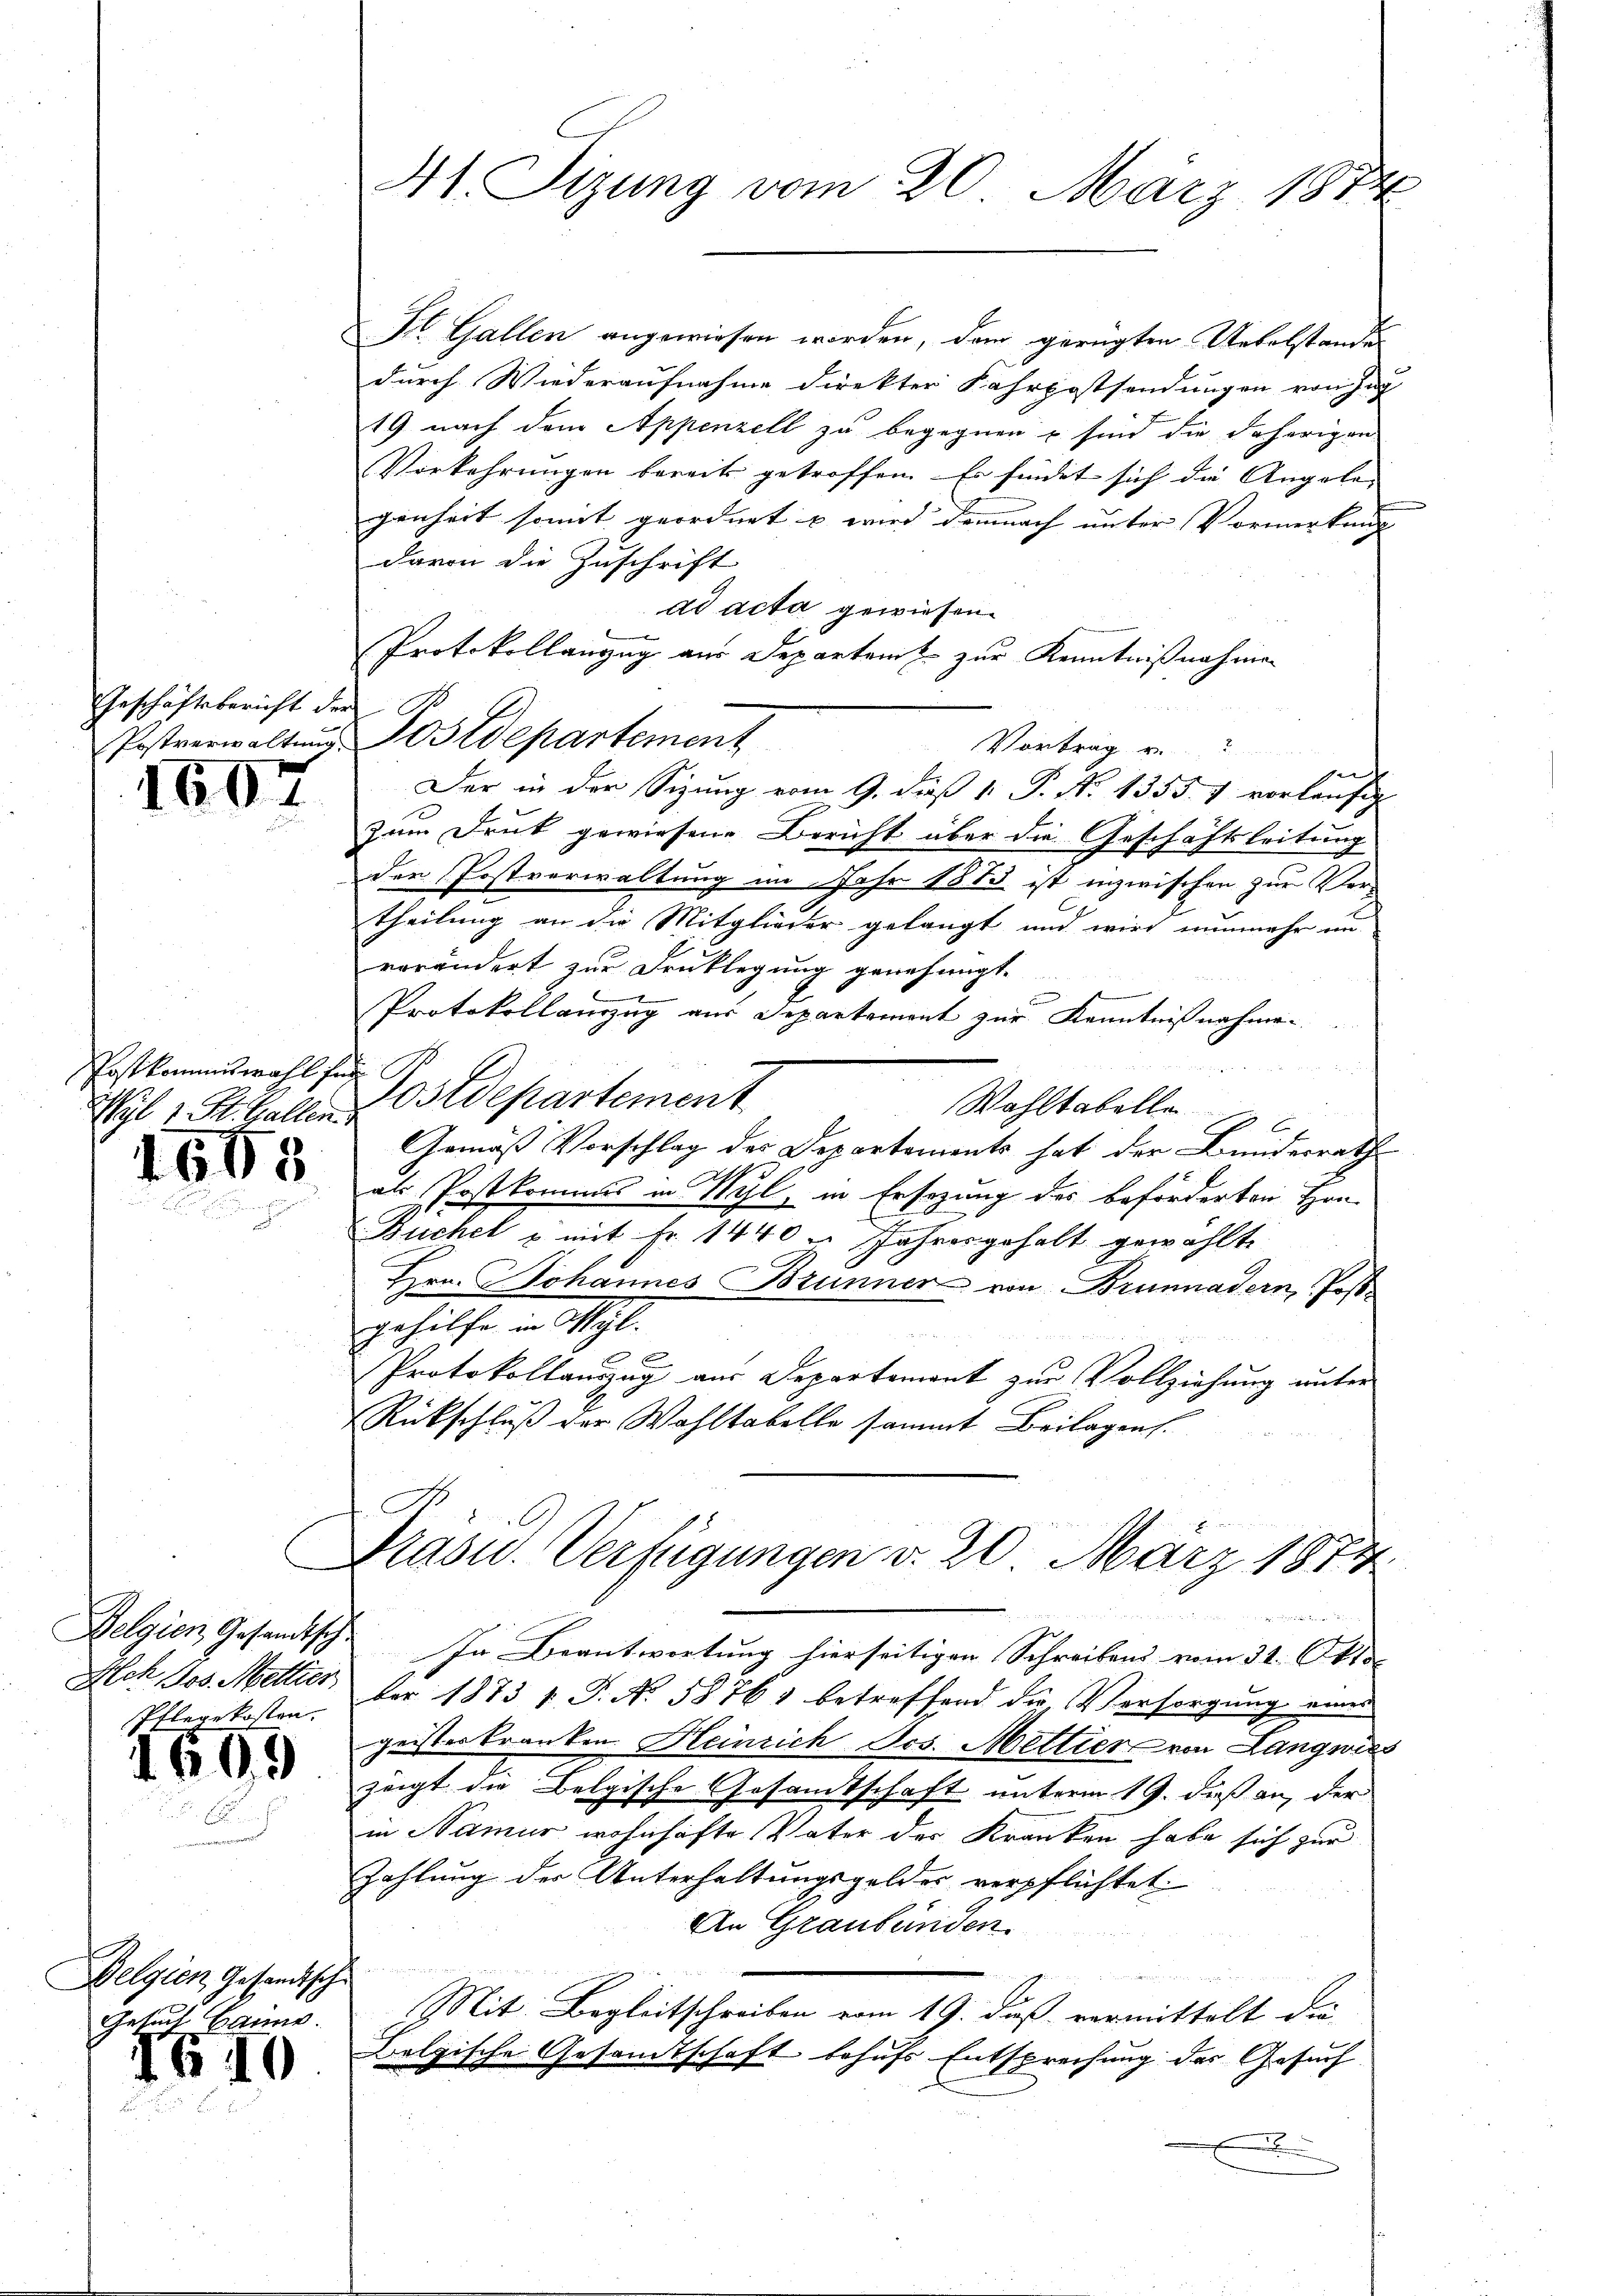
Geschäftsbericht der

1607

Postkommiswahl für

4505

Belgien Gesandtsche
Pflegekosten.

1609

Belgien, Gesandische
Gesuch Bauma.

IG10

41. Sizung vom 20. März 1874

St. Gallen angewiesen worden, dem gerügten Uebelstande
durch Wiederaufnahme direkter Fahrpostsendungen von Zug
19 nach dem Appenzell zu begegnen – sind die daherigen
Vorkehrungen bereits getroffen. Er findet sich die Angele- |
genheit somit geordnet & wird demnach unter Vormerkung |
davon die Zuschrift
ad acta gewiesen.
Protokollanzug aus Departeme zur Kenntnißnahmen
Vortrag v
Der in der Sizung vom 9. dieß 1. P. N. 1355. 7 vorläufig
zum Druk gewiesene Bericht über die Geschäftsleitung
der Postverwaltung im Jahr 1883 ist inzwischen zur Vortheilung an die Mitglieder gelangt und wird nunmehr un-
verändert zur Druklegung genehmigt.
.
Protokollanzug aus Separtement zur Kenntnißnahme¬
Wyl 1 St. Gallen Ostdepartement
Wohltabelle
Gemäß Vorschlag des Departements hat der Bundesrath
als Postkommis in Wahl, in Ersezung des beförderten Hon-
Buchel & mit Fr. 1440. Jahresgehalt gewählte
Hrn. Johannes Brünner von Brunnadern Post
gehilfe in Wyl.
2
Protokollauszug aus Departement zur Vollziehung unter
Rückschluß der Wahltabelle sammt Beilagen.
c
Präsid.. Verfügungen v. 20. März 1874.
 wir
In Beantwortung hierseitigen Schreibens vom 31. Okt.
Ach Jos. Metter der 1873 1 S. N. 58763 betreffend die Versorgung eines
geisteskranken. Heinrich Jos. Mettier von Langwies
zeigt die Belgische Gesandtschaft unterm 19. dieß an, der
in Namur wohnhafte Vater der Kranken habe sich zur
Zahlung der Unterhaltungsgeldes verpflichtet.
An Graubünden.
Mit: Begleitschreiben vom 19. daß vermittelt die
Belgische Gesamtschaft behufs Entsprechung des Gesuch

Postverwaltŭng Postdepartement